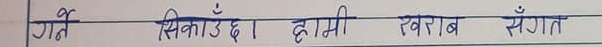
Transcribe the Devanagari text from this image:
गर्ने सिकाउँछ। हामी खराब संगत